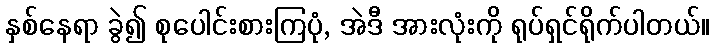
နှစ်နေရာ ခွဲ၍ စုပေါင်းစားကြပုံ, အဲဒီ အားလုံးကို ရုပ်ရှင်ရိုက်ပါတယ်။